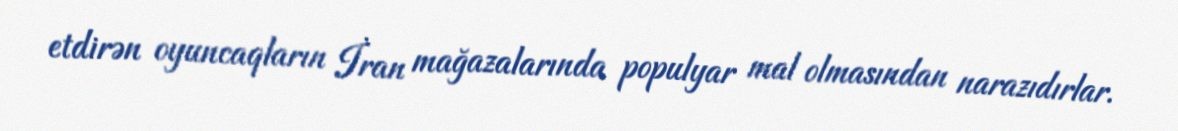
etdirən oyuncaqların İran mağazalarında populyar mal olmasından narazıdırlar.